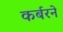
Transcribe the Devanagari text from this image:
कर्बरने